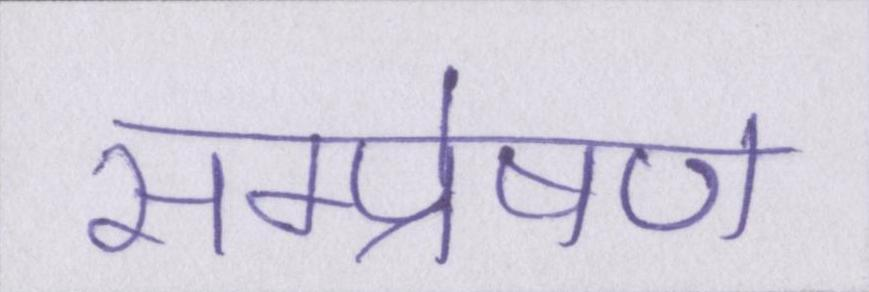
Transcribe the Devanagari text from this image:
सम्प्रेषण